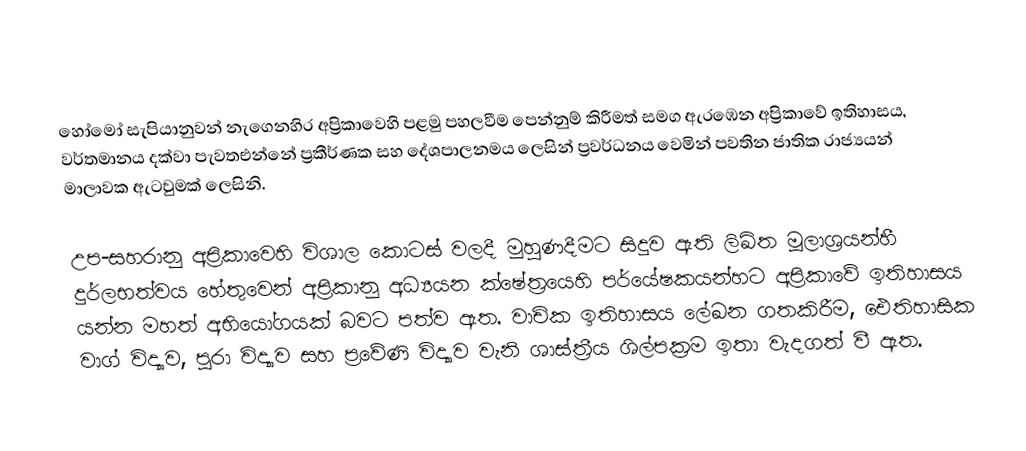
හෝමෝ සැපියානුවන් නැගෙනහිර අප්‍රිකාවෙහි පළමු පහලවීම පෙන්නුම් කිරීමත් සමග ඇරඹෙන අප්‍රිකාවේ ඉතිහාසය, වර්තමානය දක්වා පැවතඑන්නේ ප්‍රකීර්ණක සහ දේශපාලනමය ලෙසින් ප්‍රවර්ධනය වෙමින් පවතින ජාතික රාජ්‍යයන් මාලාවක ඇටවුමක් ලෙසිනි.

උප-සහරානු අප්‍රිකාවෙහි විශාල කොටස් වලදී මුහුණදීමට සිදුව ඇති ලිඛිත මූලාශ්‍රයන්හී දුර්ලභත්වය හේතුවෙන් අප්‍රිකානු අධ්‍යයන ක්ෂේත්‍රයෙහි පර්යේෂකයන්හට අප්‍රිකාවේ ඉතිහාසය යන්න මහත් අභියෝගයක් බවට පත්ව ඇත. වාචික ඉතිහාසය ලේඛන ගතකිරීම, ඓතිහාසික වාග් විද්‍යාව, පුරා විද්‍යාව සහ ප්‍රවේණි විද්‍යාව වැනි ශාස්ත්‍රීය ශිල්පක්‍රම ඉතා වැදගත් වී ඇත.